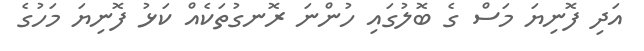
އަދި ފޮނިޔަ މަސް ގެ ބޮލުގައި ހުންނަ ރޮނގުތަކެއް ކަޅު ފޮނިޔަ މަހުގެ